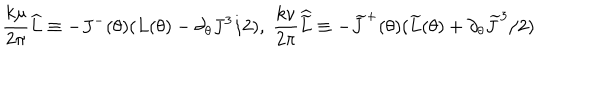
\frac { k \mu } { 2 \pi } \widehat { L } \equiv - J ^ { - } ( \theta ) ( L ( \theta ) - \partial _ { \theta } J ^ { 3 } / 2 ) , \; \frac { k \nu } { 2 \pi } \widehat { \widetilde { L } } \equiv - \widetilde { J } ^ { + } ( \theta ) ( \widetilde { L } ( \theta ) + \partial _ { \theta } \widetilde { J } ^ { 3 } / 2 )